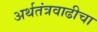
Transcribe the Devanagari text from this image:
अर्थतंत्रवाढीचा